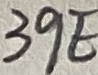
Text: 39E